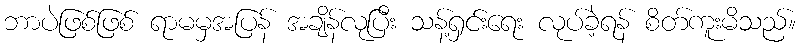
ဘာပဲဖြစ်ဖြစ် ရာမမှအပြန် အချိန်လုပြီး သန့်ရှင်းရေး လုပ်ခဲ့ရန် စိတ်ကူးမိသည်။